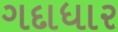
ગદાધાર